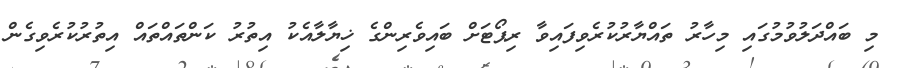
މި ބައްދަލުުވުމުގައި މިހާރު ތައްޔާރުކުރެވިފައިވާ ރިޕޯޓަށް ބައިވެރިންގެ ޚިޔާލާއެކު އިތުރު ކަންތައްތައް އިތުރުކުރެވިގެން